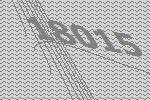
18015